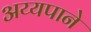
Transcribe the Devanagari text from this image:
अय्यपाने